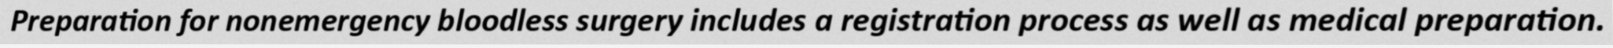
Preparation for nonemergency bloodless surgery includes a registration process as well as medical preparation.